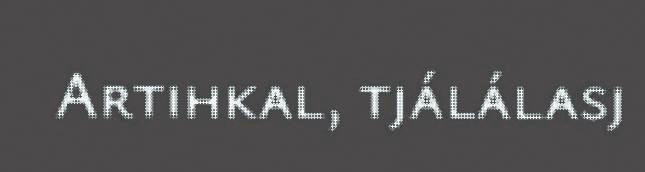
Artihkal, tjálálasj